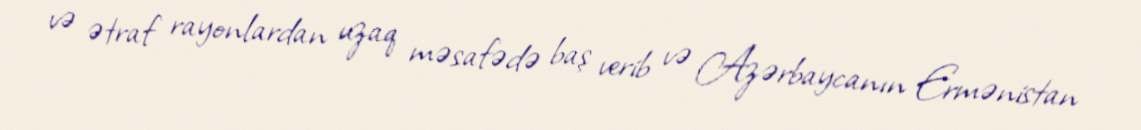
və ətraf rayonlardan uzaq məsafədə baş verib və Azərbaycanın Ermənistan